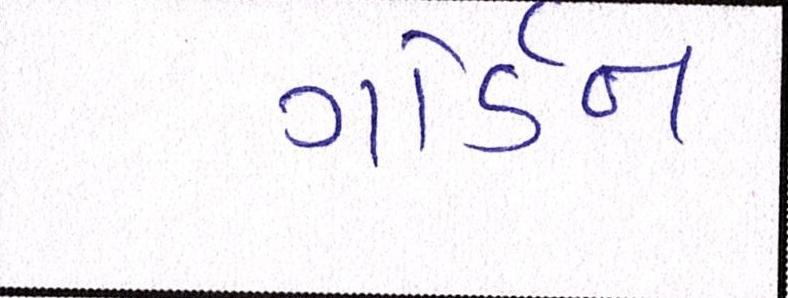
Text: ગોર્ડન